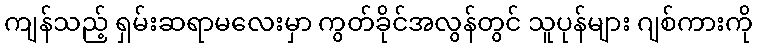
ကျန်သည့် ရှမ်းဆရာမလေးမှာ ကွတ်ခိုင်အလွန်တွင် သူပုန်များ ဂျစ်ကားကို